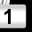
Digit: 1